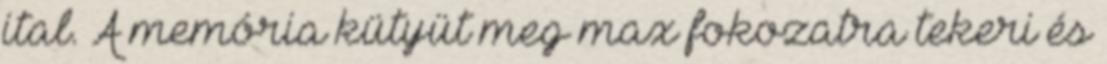
ital. A memória kütyüt meg max fokozatra tekeri és